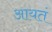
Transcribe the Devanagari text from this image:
आयतं